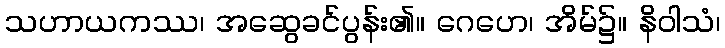
သဟာယကဿ၊ အဆွေခင်ပွန်း၏။ ဂေဟေ၊ အိမ်၌။ နိဝါသံ၊